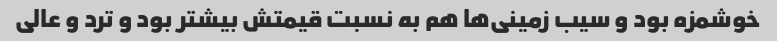
خوشمزه بود و سیب زمینی‌ها هم به نسبت قیمتش بیشتر بود و ترد و عالی